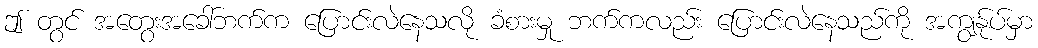
ဤ တွင် အတွေးအခေါ်ဘက်က ပြောင်းလဲနေသလို ခံစားမှု ဘက်ကလည်း ပြောင်းလဲနေသည်ကို အကျွန်ုပ်မှာ